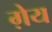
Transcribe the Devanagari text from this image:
ग़ेय